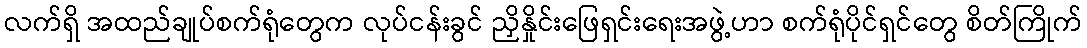
လက်ရှိ အထည်ချုပ်စက်ရုံတွေက လုပ်ငန်းခွင် ညှိနှိုင်းဖြေရှင်းရေးအဖွဲ့ဟာ စက်ရုံပိုင်ရှင်တွေ စိတ်ကြိုက်